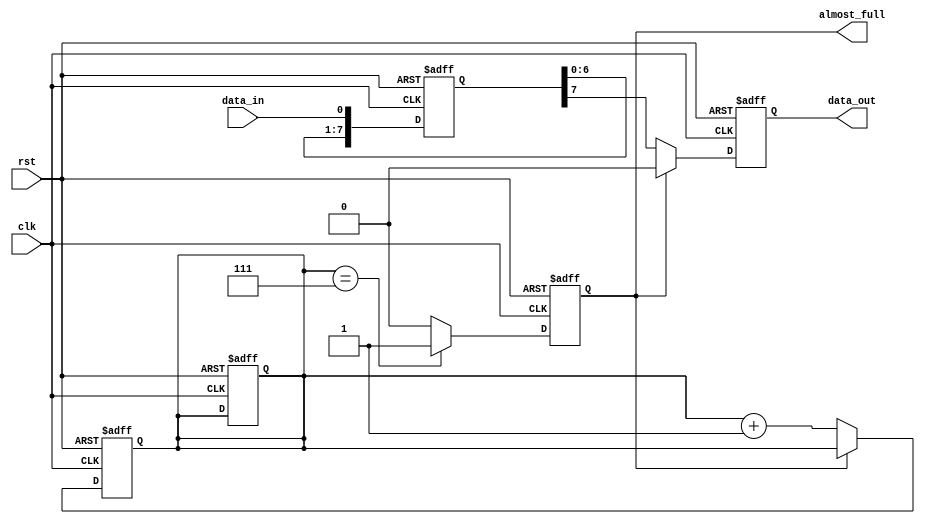
module AlmostFull_FIFO (
    input clk,
    input rst,
    input data_in,
    output reg data_out,
    output reg almost_full
);

// Parameters defining the FIFO depth
parameter FIFO_DEPTH = 8;

// Internal signals and registers
reg [FIFO_DEPTH-1:0] fifo_data;
reg [FIFO_DEPTH-1:0] fill_level;

// Logic for detecting when the buffer is almost full
always @ (posedge clk or posedge rst) begin
    if (rst) begin
        fill_level <= 0;
        almost_full <= 0;
    end else begin
        if (fill_level == FIFO_DEPTH-1) begin
            almost_full <= 1;
        end else begin
            almost_full <= 0;
        end
    end
end

// FIFO data input and output logic
always @ (posedge clk or posedge rst) begin
    if (rst) begin
        fifo_data <= 0;
    end else begin
        fifo_data <= {fifo_data[FIFO_DEPTH-2:0], data_in};
    end
end

// Control logic for data output
always @ (posedge clk or posedge rst) begin
    if (rst) begin
        data_out <= 0;
        fill_level <= 0;
    end else begin
        if (almost_full) begin
            data_out <= 0;
        end else begin
            fill_level <= fill_level + 1;
            data_out <= fifo_data[FIFO_DEPTH-1];
        end
    end
end

endmodule